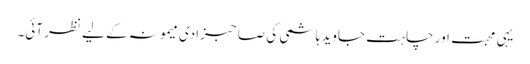
یہی محبت اور چاہت جاوید ہاشمی کی صاحبزادی میمونہ کے لیے نظر آئی۔